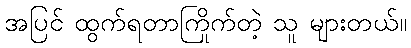
အပြင် ထွက်ရတာကြိုက်တဲ့ သူ များတယ်။